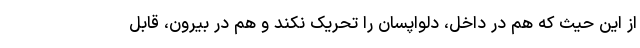
از این حیث که هم در داخل، دلواپسان را تحریک نکند و هم در بیرون، قابل